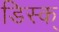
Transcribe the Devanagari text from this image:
डिस्क्